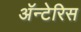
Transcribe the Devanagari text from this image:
अॅन्टेरिस